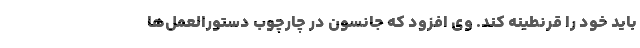
باید خود را قرنطینه کند. وی افزود که جانسون در چارچوب دستورالعمل‌ها